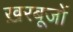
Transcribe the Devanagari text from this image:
ख़रबूजों